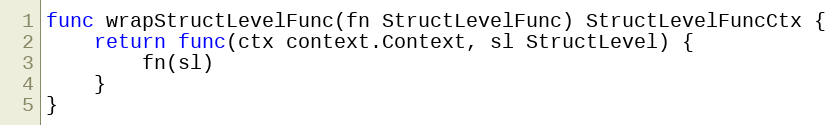
Language: Go
func wrapStructLevelFunc(fn StructLevelFunc) StructLevelFuncCtx {
	return func(ctx context.Context, sl StructLevel) {
		fn(sl)
	}
}